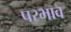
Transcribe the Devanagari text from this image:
परभाव